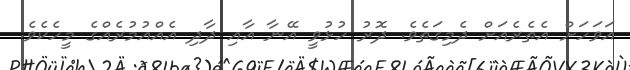
އަވަހަށް އެތެރެއަށް ދެމިގަތެވެ. ދޮރު ހުޅުވީ އޭނާ އާއި ދާދި އެއްއުމުރެއްގެ މީހެކެވެ.